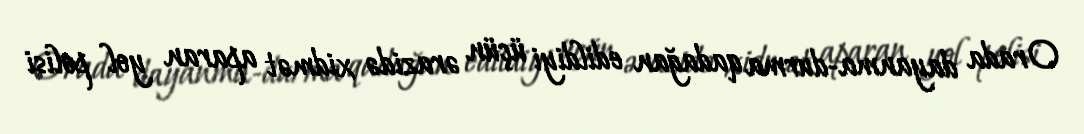
Orada dayanma-durma qadağan edildiyi üçün ərazidə xidmət aparan yol polisi